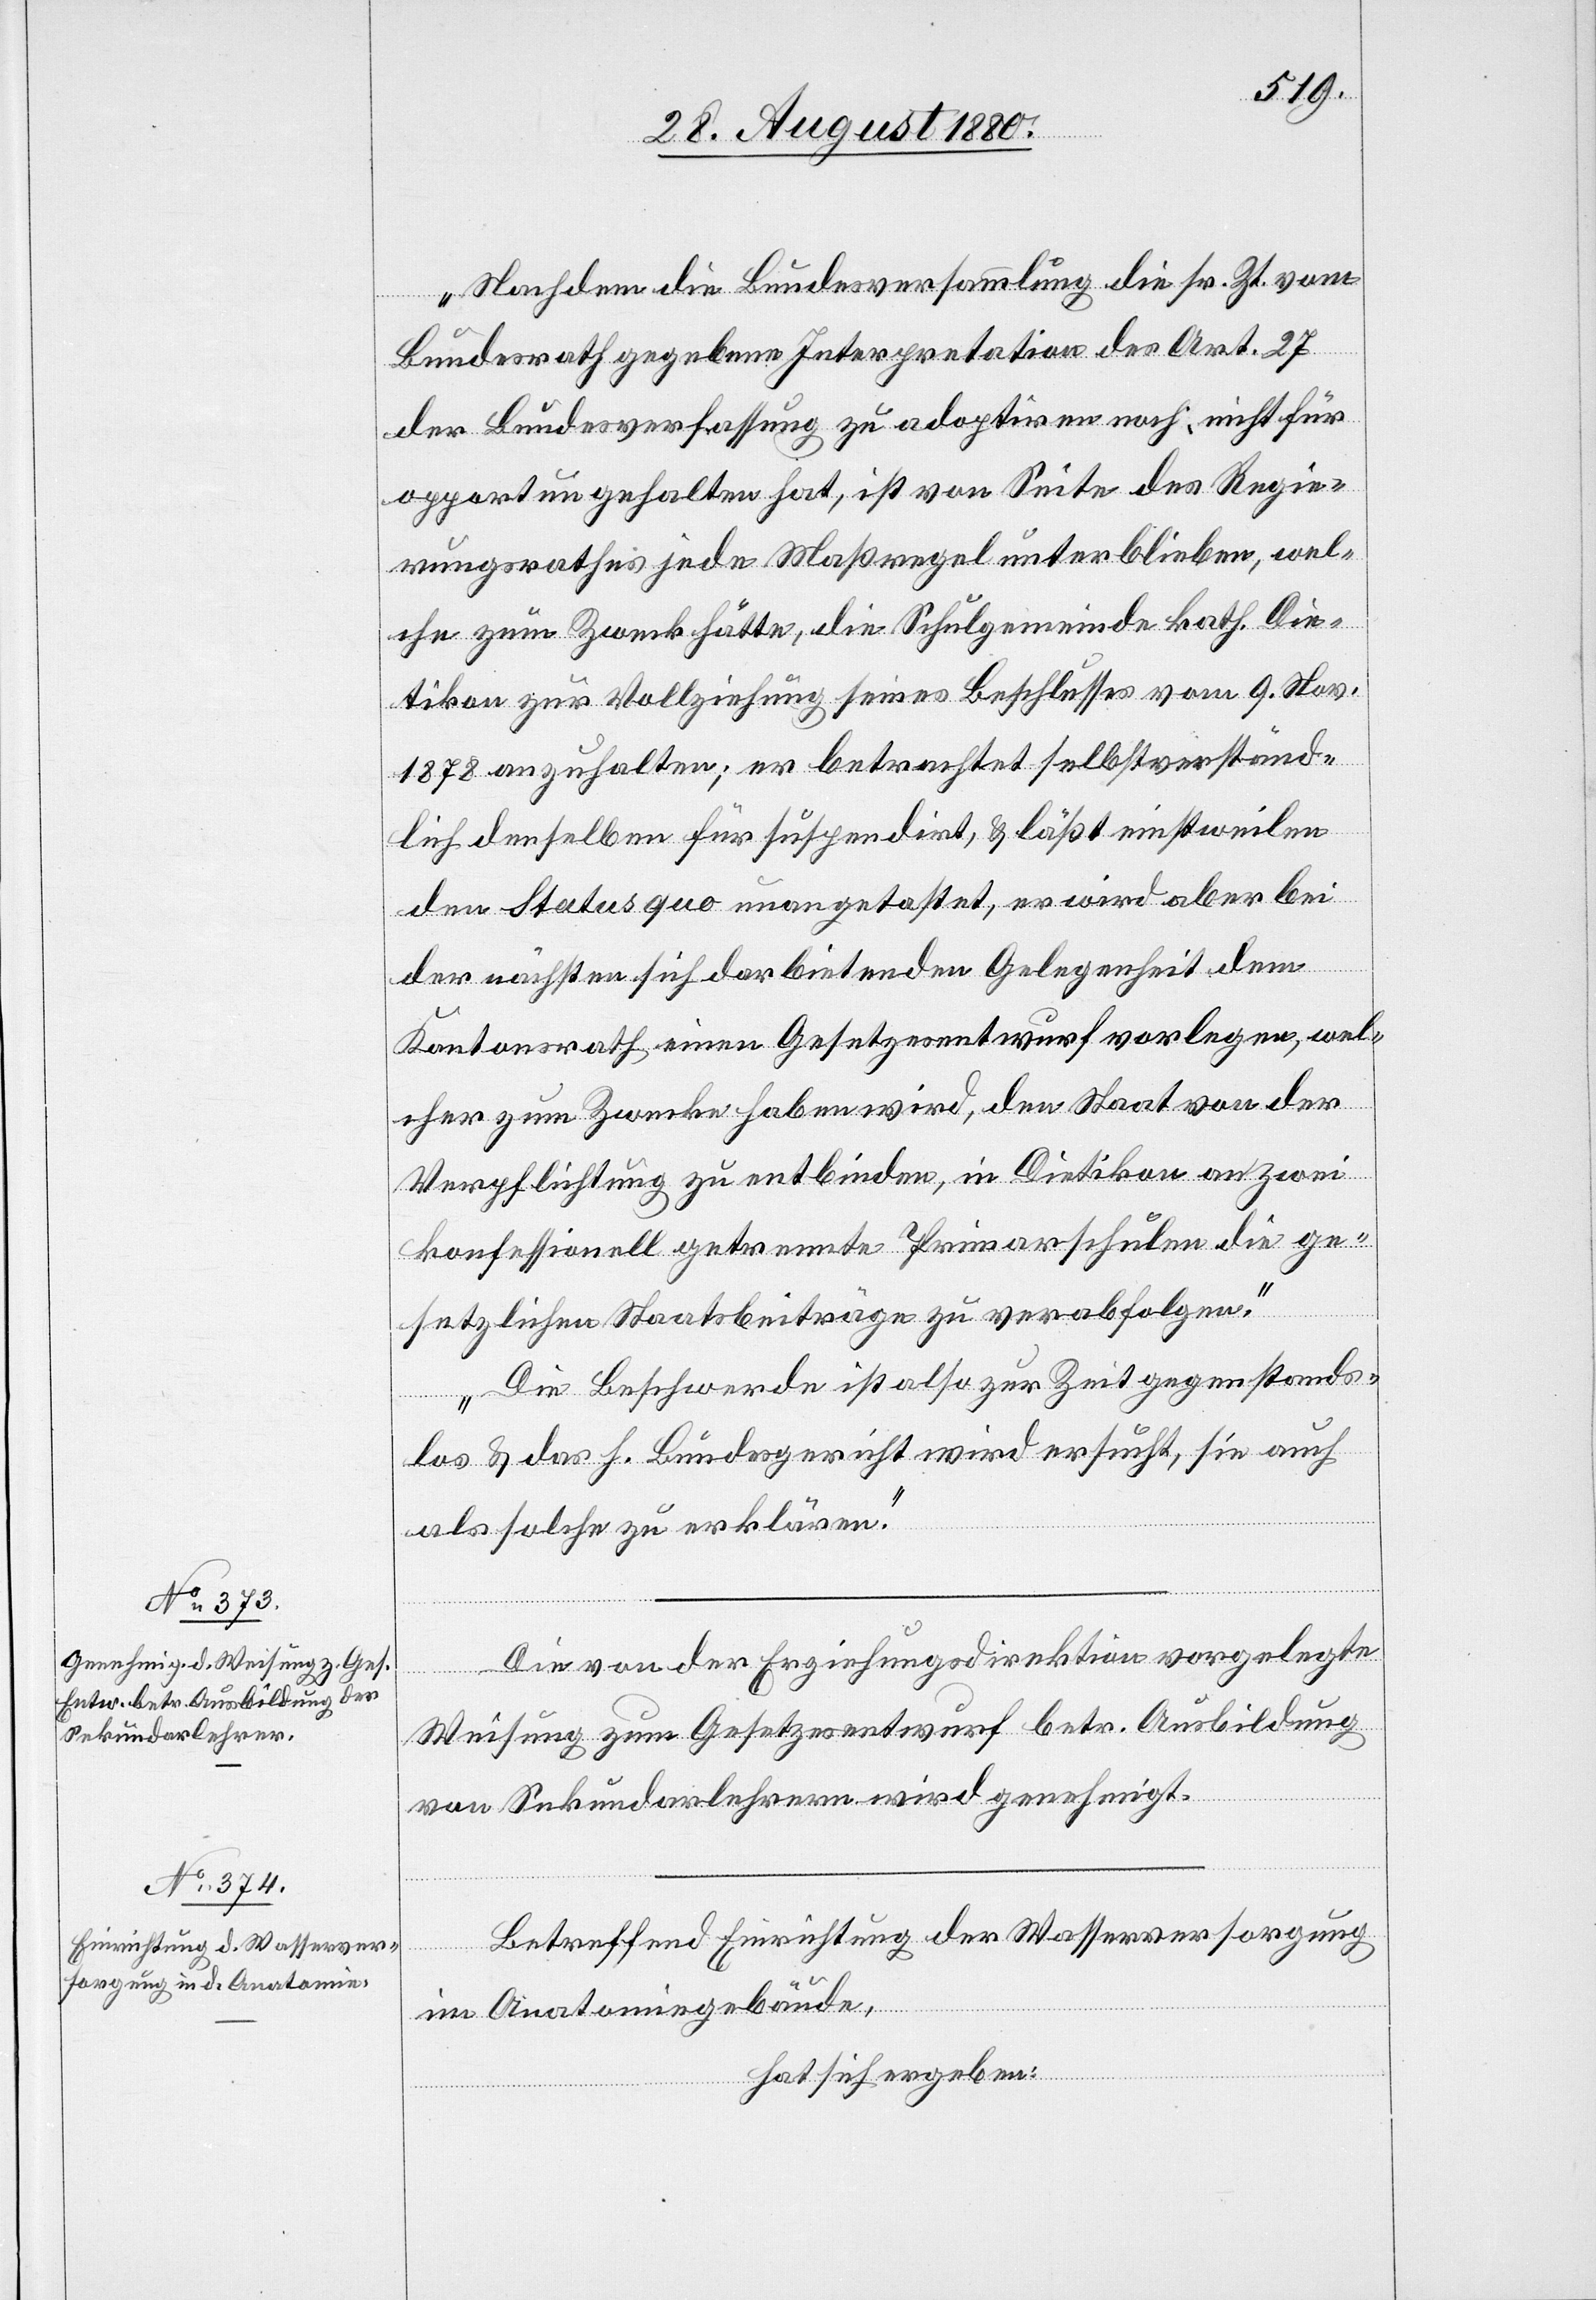
Nachdem die Bundesversammlung die sr. Zt. vom
Bundesrath gegebene Interpretation des Art. 27
der Bundesverfassung zu adoptiren noch nicht für
opportun gehalten hat, ist von Seite des Regie¬
rungsrathes jede Maßregel unterblieben, wel¬
che zum Zweck hätte, die Schulgemeinde kath. Die¬
tikon zur Vollziehung seines Beschlusses vom 9. Nov.
1878 anzuhalten; er betrachtet selbstverständ¬
lich denselben für suspendirt, & läßt einstweilen
den Status quo unangetastet, er wird aber bei
der nächsten sich darbietenden Gelegenheit dem
Kantonsrath einen Gesetzesentwurf vorlegen, wel¬
cher zum Zwecke haben wird, den Staat von der
Verpflichtung zu entbinden, in Dietikon an zwei
konfessionell getrennte Primarschulen die ge¬
setzlichen Staatsbeiträge zu verabfolgen.
Die Beschwerde ist also zur Zeit gegenstands¬
los & das h. Bundesgericht wird ersucht, sie auch
als solche zu erklären.“
Die von der Erziehungsdirektion vorgelegte
Weisung zum Gesetzesentwurf betr. Ausbildung
von Sekundarlehrern wird genehmigt.
Betreffend Einrichtung der Wasserversorgung
im Anatomiegebäude,
hat sich ergeben